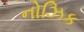
નોઝિક